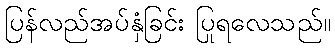
ပြန်လည်အပ်နှံခြင်း ပြုရလေသည်။